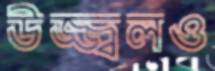
উজ্জ্বলও